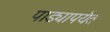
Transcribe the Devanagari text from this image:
पाड्यापर्यंत